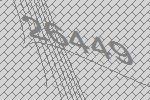
26449